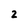
Character: 2